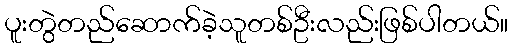
ပူးတွဲတည်ဆောက်ခဲ့သူတစ်ဦးလည်းဖြစ်ပါတယ်။